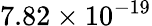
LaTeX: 7.82\times 10^{-19}